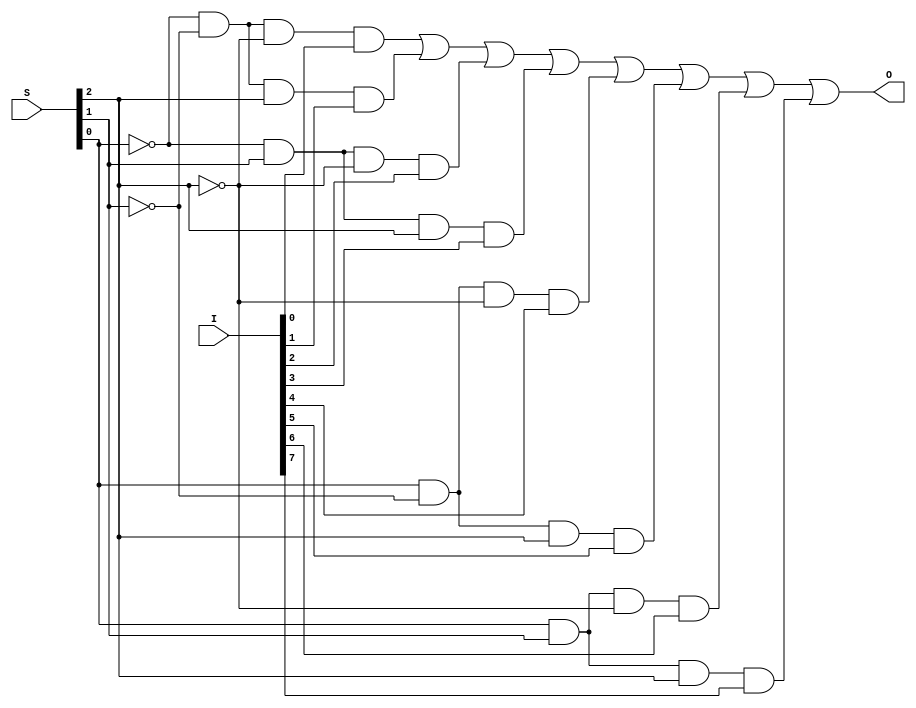
module mux_8x3_1bit (I, S, O);
input  [7:0]I;
input  [2:0]S;
output O;
//wire Sbar, w1, w2;
wire Sbar[2:0];
wire Selector[7:0];
wire w[7:0];

not(Sbar[0], S[0]);
not(Sbar[1], S[1]);
not(Sbar[2], S[2]);

and(Selector[0], Sbar[0], Sbar[1], Sbar[2]);
and(Selector[1], Sbar[0], Sbar[1], S[2]);
and(Selector[2], Sbar[0], S[1], Sbar[2]);
and(Selector[3], Sbar[0], S[1], S[2]);

and(Selector[4], S[0], Sbar[1], Sbar[2]);
and(Selector[5], S[0], Sbar[1], S[2]);
and(Selector[6], S[0], S[1], Sbar[2]);
and(Selector[7], S[0], S[1], S[2]);

genvar k;
generate
    for(k = 0; k < 8; k = k + 1)
        and(w[k], Selector[k], I[k]);
endgenerate

or(O, w[0], w[1], w[2], w[3], w[4], w[5], w[6], w[7]);

endmodule